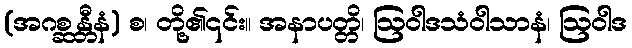
(အဂစ္ဆန္တီနံ) စ၊ တို့၏၎င်း။ အနာပတ္တိ၊ ဩဝါဒသံဝါသာနံ၊ ဩဝါဒ